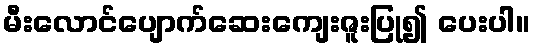
မီးလောင်ပျောက်ဆေးကျေးဇူးပြု၍ ပေးပါ။